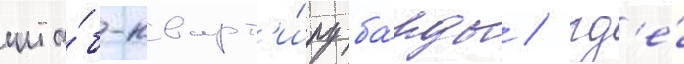
шта́б-кварт'и́ру ба́нды / гд'е́